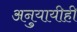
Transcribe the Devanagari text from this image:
अनुयायीही